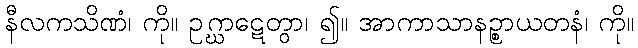
နီလကသိဏံ၊ ကို။ ဥဂ္ဃာဋေတွာ၊ ၍။ အာကာသာနဉ္စာယတနံ၊ ကို။